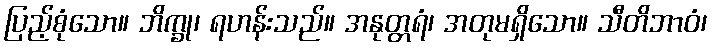
ပြည့်စုံသော။ ဘိက္ခု၊ ရဟန်းသည်။ အနုတ္တရံ၊ အတုမရှိသော။ သီတိဘာဝံ၊